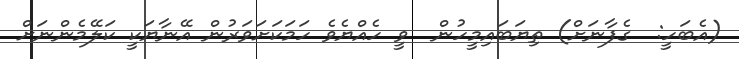
(އެބަހީ:  ގެފާނަށް) ތިޔަބައިމީހުން  ވީ ހެއްޔެވެ ހަމަކަށަވަރުން އޭނާޔަކީ ކަލޭމެންނަށް